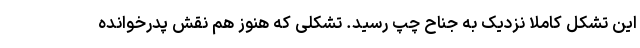
این تشکل کاملا نزدیک به جناح چپ رسید. تشکلی که هنوز هم نقش پدرخوانده